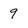
Character: 9